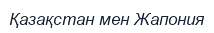
Қазақстан мен Жапония